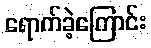
ရောက်ခဲ့ကြောင်း